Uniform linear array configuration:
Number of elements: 4
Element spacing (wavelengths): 1
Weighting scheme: binomial
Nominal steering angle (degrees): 0
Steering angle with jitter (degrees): -0.0368
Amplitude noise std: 0.05
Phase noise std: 0.05

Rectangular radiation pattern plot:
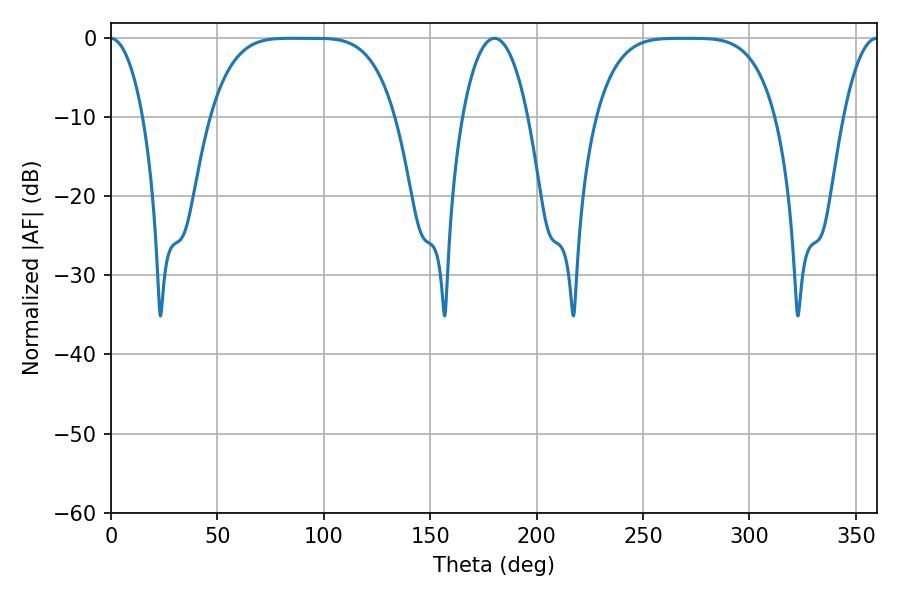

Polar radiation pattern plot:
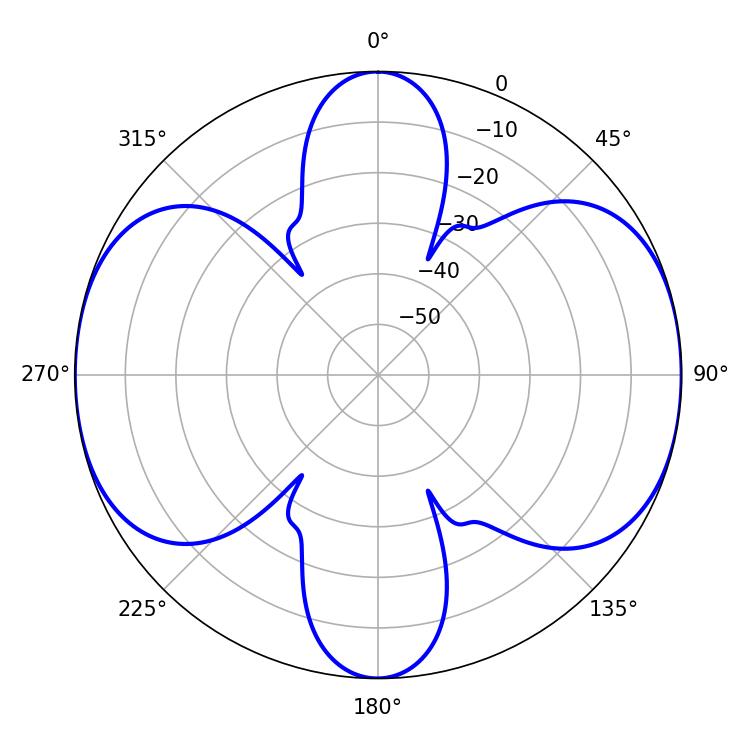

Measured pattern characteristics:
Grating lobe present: TRUE
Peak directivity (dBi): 17.908
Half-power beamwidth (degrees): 64.8
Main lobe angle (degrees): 85.14